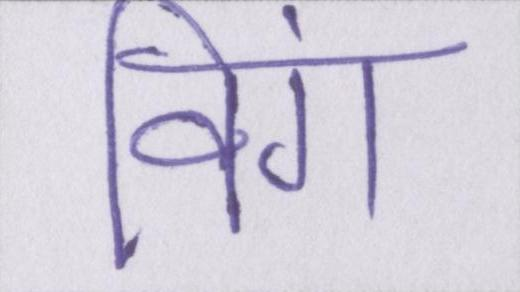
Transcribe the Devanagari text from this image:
विंग